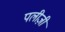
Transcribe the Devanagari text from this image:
पलीज़ी